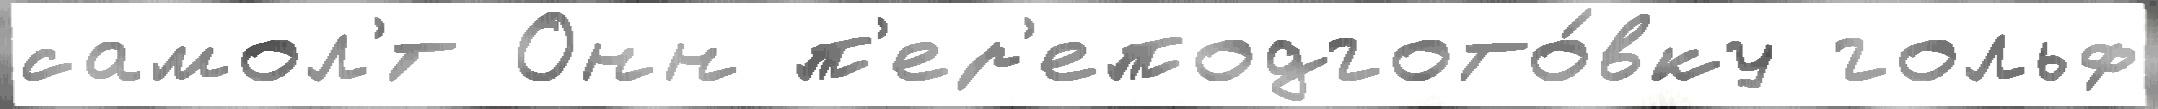
самол'́т Онн п'ер'еподгото́вку гольф